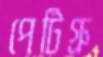
পেটিগ্রু